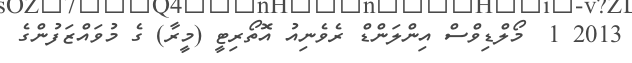
2013 1  މޯލްޑިވްސް އިންލަންޑް ރެވެނިއު އޮތޯރިޓީ (މީރާ) ގެ މުވައްޒަފުންގެ